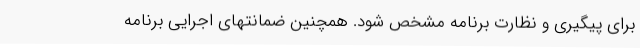
برای پیگیری و نظارت برنامه مشخص شود. همچنین ضمانتهای اجرایی برنامه